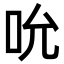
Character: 吮